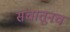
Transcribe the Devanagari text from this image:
संचातूनच